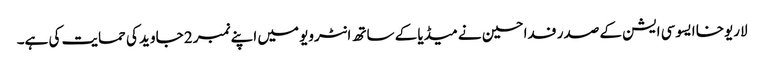
لاریوخا ایسوسی ایشن کے صدر فدا حسین نے میڈیا کے ساتھ انٹرویو میں اپنے نمبر 2 جاوید کی حمایت کی ہے۔